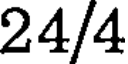
24/4